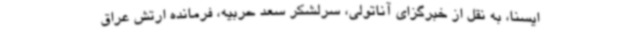
ایسنا، به نقل از خبرگزای آناتولی، سرلشکر سعد حربیه، فرمانده ارتش عراق